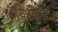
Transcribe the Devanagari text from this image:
विरकोट